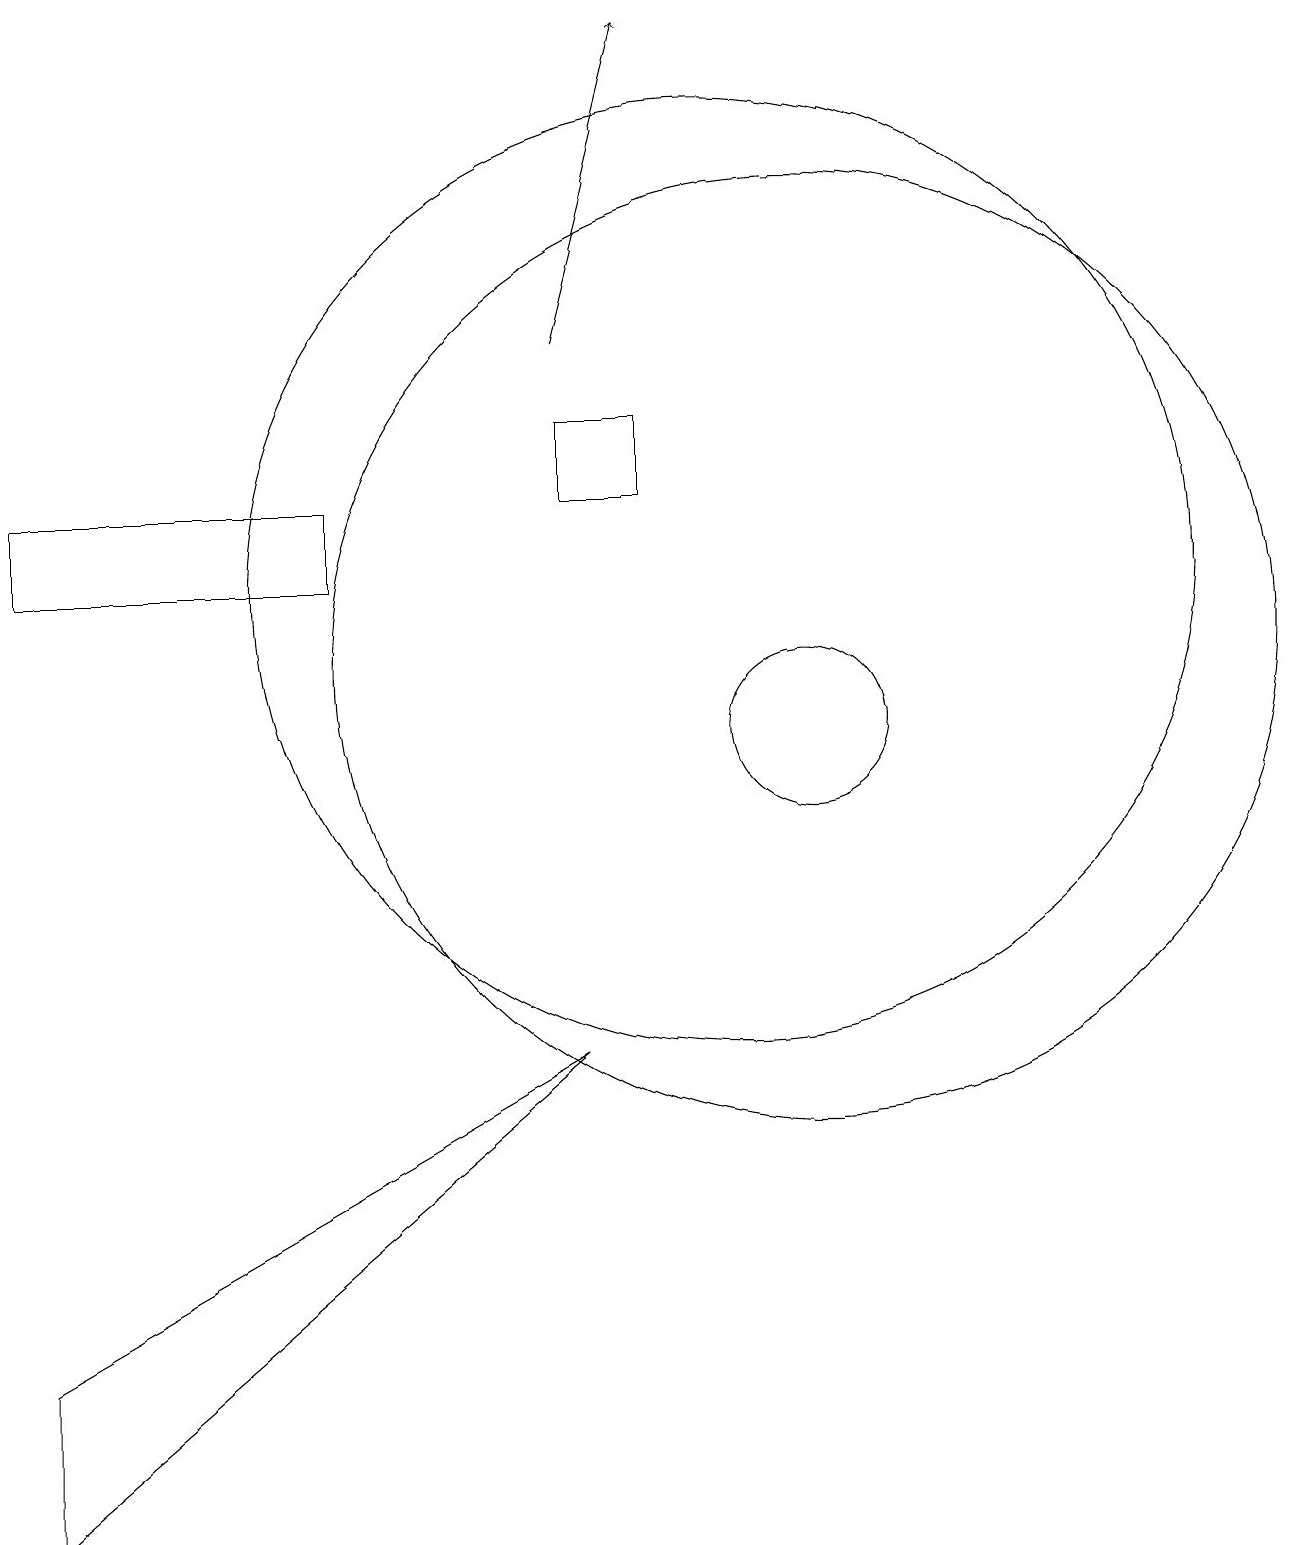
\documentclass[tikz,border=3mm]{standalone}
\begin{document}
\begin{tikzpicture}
\draw (10,12) circle (6);
\draw[->] (8,15) -- (9,19);
\draw (1,0) -- (8,6) -- (1,2) -- cycle;
\draw (11,10) circle (1);
\draw (5,13) rectangle (1,12);
\draw (9,13) rectangle (8,14);
\draw (11,11) circle (6);
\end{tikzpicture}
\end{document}